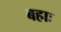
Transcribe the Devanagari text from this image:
बहाः